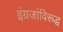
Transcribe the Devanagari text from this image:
इंग्रजांविरूद्ध